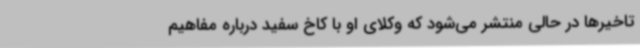
تاخیرها در حالی منتشر می‌شود که وکلای او با کاخ سفید درباره مفاهیم